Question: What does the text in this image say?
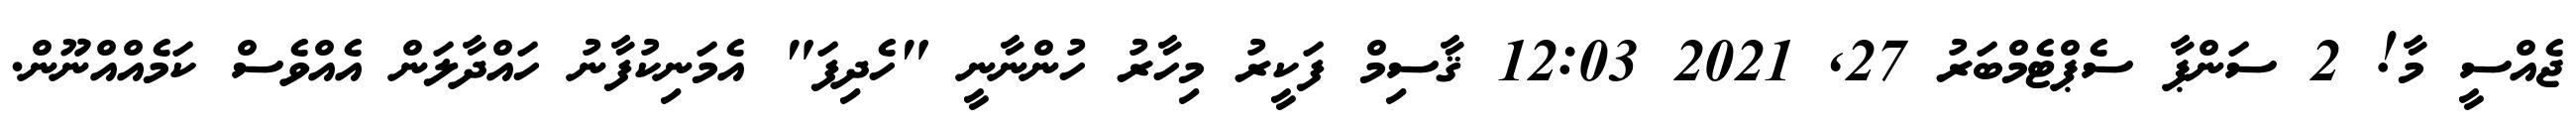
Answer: ޖެއްސީ މާ! 2 ސަންޕާ ސެޕްޓެމްބަރު 27, 2021 12:03 ޤާސިމް ފަކީރު މިހާރު ހުންނާނީ "ހެދިފަ" އެމަނިކުފާނު ހައްދާލަން އެއްވެސް ކަމެއްއްނޫން.